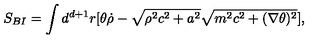
S _ { B I } = \int d ^ { d + 1 } r [ \theta \dot { \rho } - \sqrt { \rho ^ { 2 } c ^ { 2 } + a ^ { 2 } } \sqrt { m ^ { 2 } c ^ { 2 } + ( \nabla \theta ) ^ { 2 } } ] ,